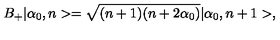
B _ { + } | \alpha _ { 0 } , n > = \sqrt { ( n + 1 ) ( n + 2 \alpha _ { 0 } ) } | \alpha _ { 0 } , n + 1 > ,